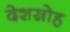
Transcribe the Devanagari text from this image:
देशस्रोह